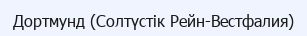
Дортмунд (Солтүстік Рейн-Вестфалия)